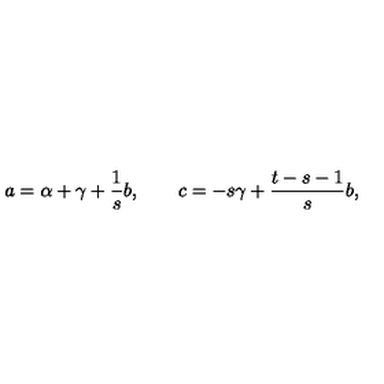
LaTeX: a = \alpha + \gamma + { \frac { 1 } { s } } b , \qquad c = - { s } \gamma + { \frac { t - s - 1 } { s } } b ,